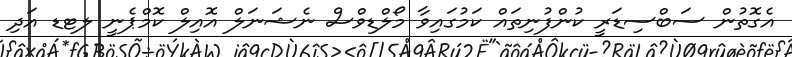
އެގޮތުން ސަބްސިޑަރީ ކުންފުނިތައް ކަމުގައިވާ މޯލްޑިވްސް ނެޝަނަލް އޮއިލް ކޮމްޕެނީ ލޓޑ އަދި